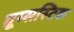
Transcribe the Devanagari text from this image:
ब्रूम्सस्टिक